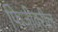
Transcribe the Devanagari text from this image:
फिजीवरील